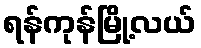
ရန်ကုန်မြို့လယ်